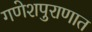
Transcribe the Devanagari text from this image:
गणेशपुराणात